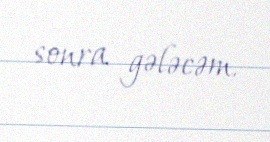
sonra gələcəm.